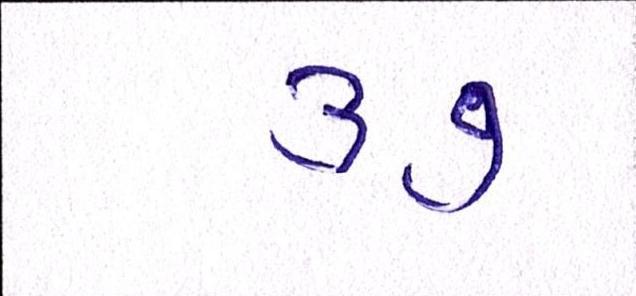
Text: ૩૭